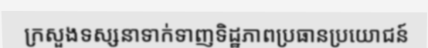
ក្រសួងទស្សនាទាក់ទាញទិដ្ឋភាពប្រធានប្រយោជន៍